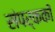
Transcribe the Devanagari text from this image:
संपर्ककों